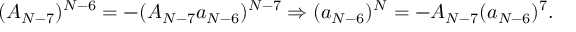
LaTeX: ( A _ { N - 7 } ) ^ { N - 6 } = - ( A _ { N - 7 } a _ { N - 6 } ) ^ { N - 7 } \Rightarrow ( a _ { N - 6 } ) ^ { N } = - A _ { N - 7 } ( a _ { N - 6 } ) ^ { 7 } .